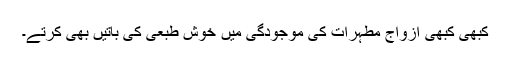
کبھی کبھی ازواج مطہرات کی موجودگی میں خوش طبعی کی باتیں بھی کرتے۔